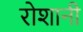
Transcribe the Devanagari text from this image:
रोशानी